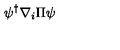
\psi ^ { \dagger } \nabla _ { i } \Pi \psi